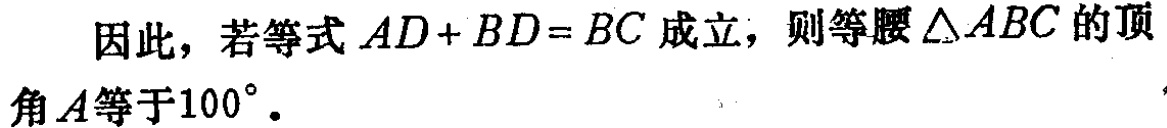
因此，若等式\(AD + BD = BC\)成立，则等腰\(\triangle ABC\)的顶角\(A\)等于\(100^{\circ}\)。